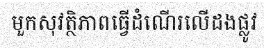
មួកសុវត្ថិភាពធ្វើដំណើរលើដងផ្លូវ